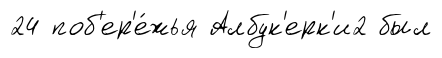
24 поб'ер'е́жья Албук'ерк'и2 был